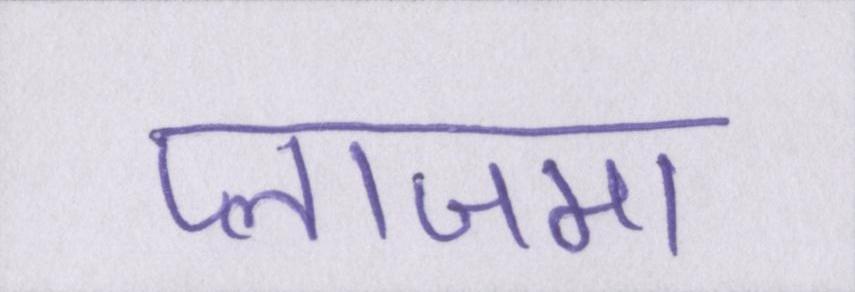
प्लाजमा